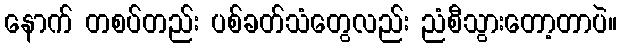
နောက် တစပ်တည်း ပစ်ခတ်သံတွေလည်း ညံစီသွားတော့တာပဲ။